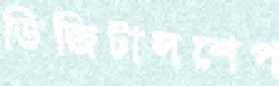
ডিজিটালশেপ